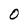
Character: O